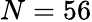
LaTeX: N=56